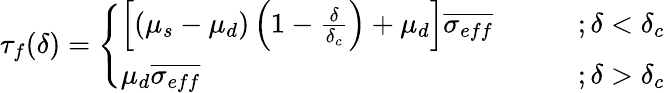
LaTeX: \tau_{f}(\delta)=\left\{ \begin{array}{ll}{\left[(\mu_{s}-\mu_{d})\left(1-\frac{\delta}{\delta_{c}}\right)+\mu_{d}\right]\overline{{\sigma_{eff}}}~~~~~~~~}&{;\delta<\delta_{c}}\\ {\mu_{d}\overline{{\sigma_{eff}}}~~~~~~~~}&{;\delta>\delta_{c}}\end{array}\right.